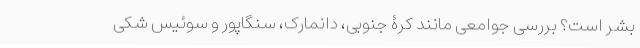
بشر است؟ بررسی جوامعی مانند کرۀ جنوبی، دانمارک، سنگاپور و سوئیس شکی